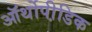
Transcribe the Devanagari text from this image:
ऑर्थोपी़डिक